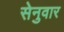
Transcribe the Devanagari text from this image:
सेनुवार